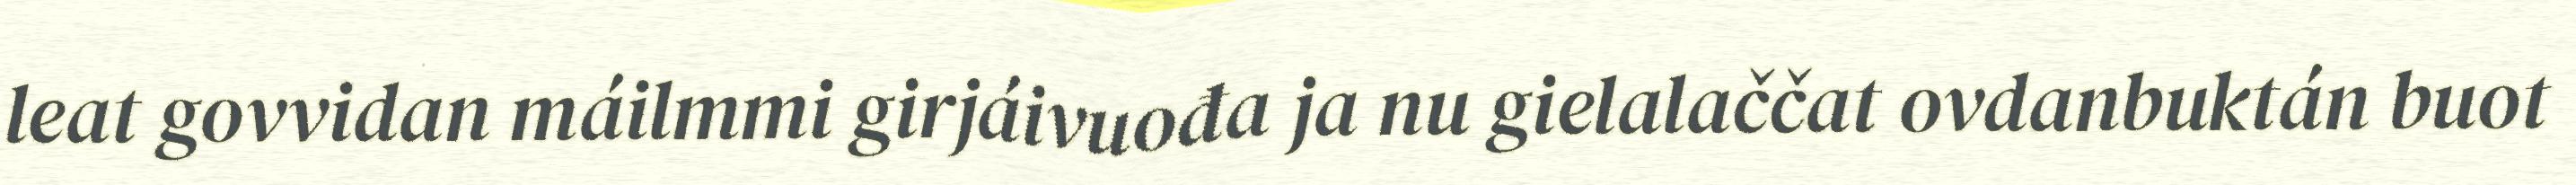
leat govvidan máilmmi girjáivuođa ja nu gielalaččat ovdanbuktán buot